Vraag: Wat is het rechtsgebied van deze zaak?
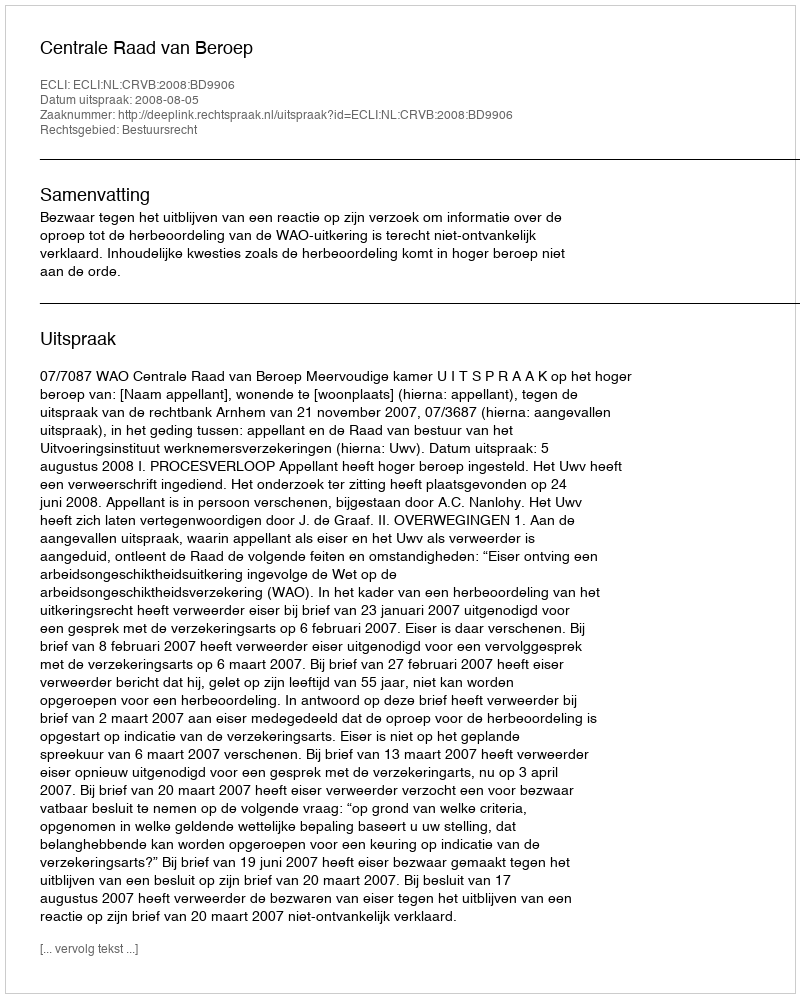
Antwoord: Bestuursrecht